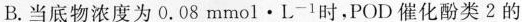
B.当底物浓度为0.08mmol·L^{-1}时，POD催化酚类2的